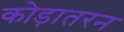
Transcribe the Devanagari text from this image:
कोड़ातरन